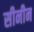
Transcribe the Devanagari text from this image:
सीनीन